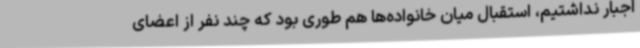
اجبار نداشتیم، استقبال میان خانواده‌ها هم طوری بود که چند نفر از اعضای